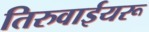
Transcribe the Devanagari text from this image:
तिरुवाईयरू